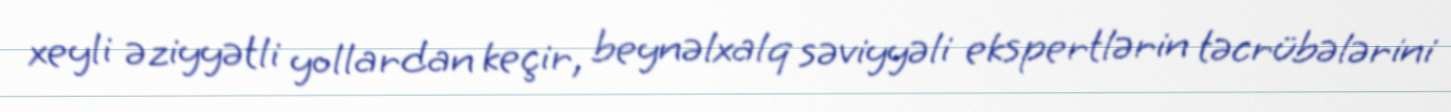
xeyli əziyyətli yollardan keçir, beynəlxalq səviyyəli ekspertlərin təcrübələrini